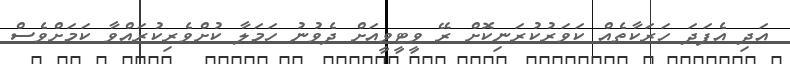
އަދި އެފަދަ ހަރަކާތެއް ކަވަރުކުރަނިކޮށް ރޭ ވީޓީވީއަށް ދެވުނު ހަމަލާ ކުށްވެރިކުރައްވާ ކަމަށްވެސް